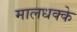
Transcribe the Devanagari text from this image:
मालधक्के